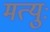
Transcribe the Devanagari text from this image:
मत्युः